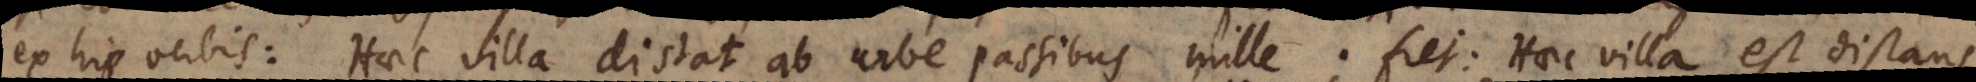
ex his verbis: Haec villa distat ab urbe passibus mille; fiet: Haec villa est distans